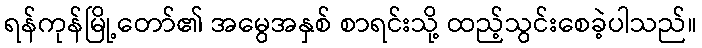
ရန်ကုန်မြို့တော်၏ အမွေအနှစ် စာရင်းသို့ ထည့်သွင်းစေခဲ့ပါသည်။